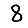
Digit: 8